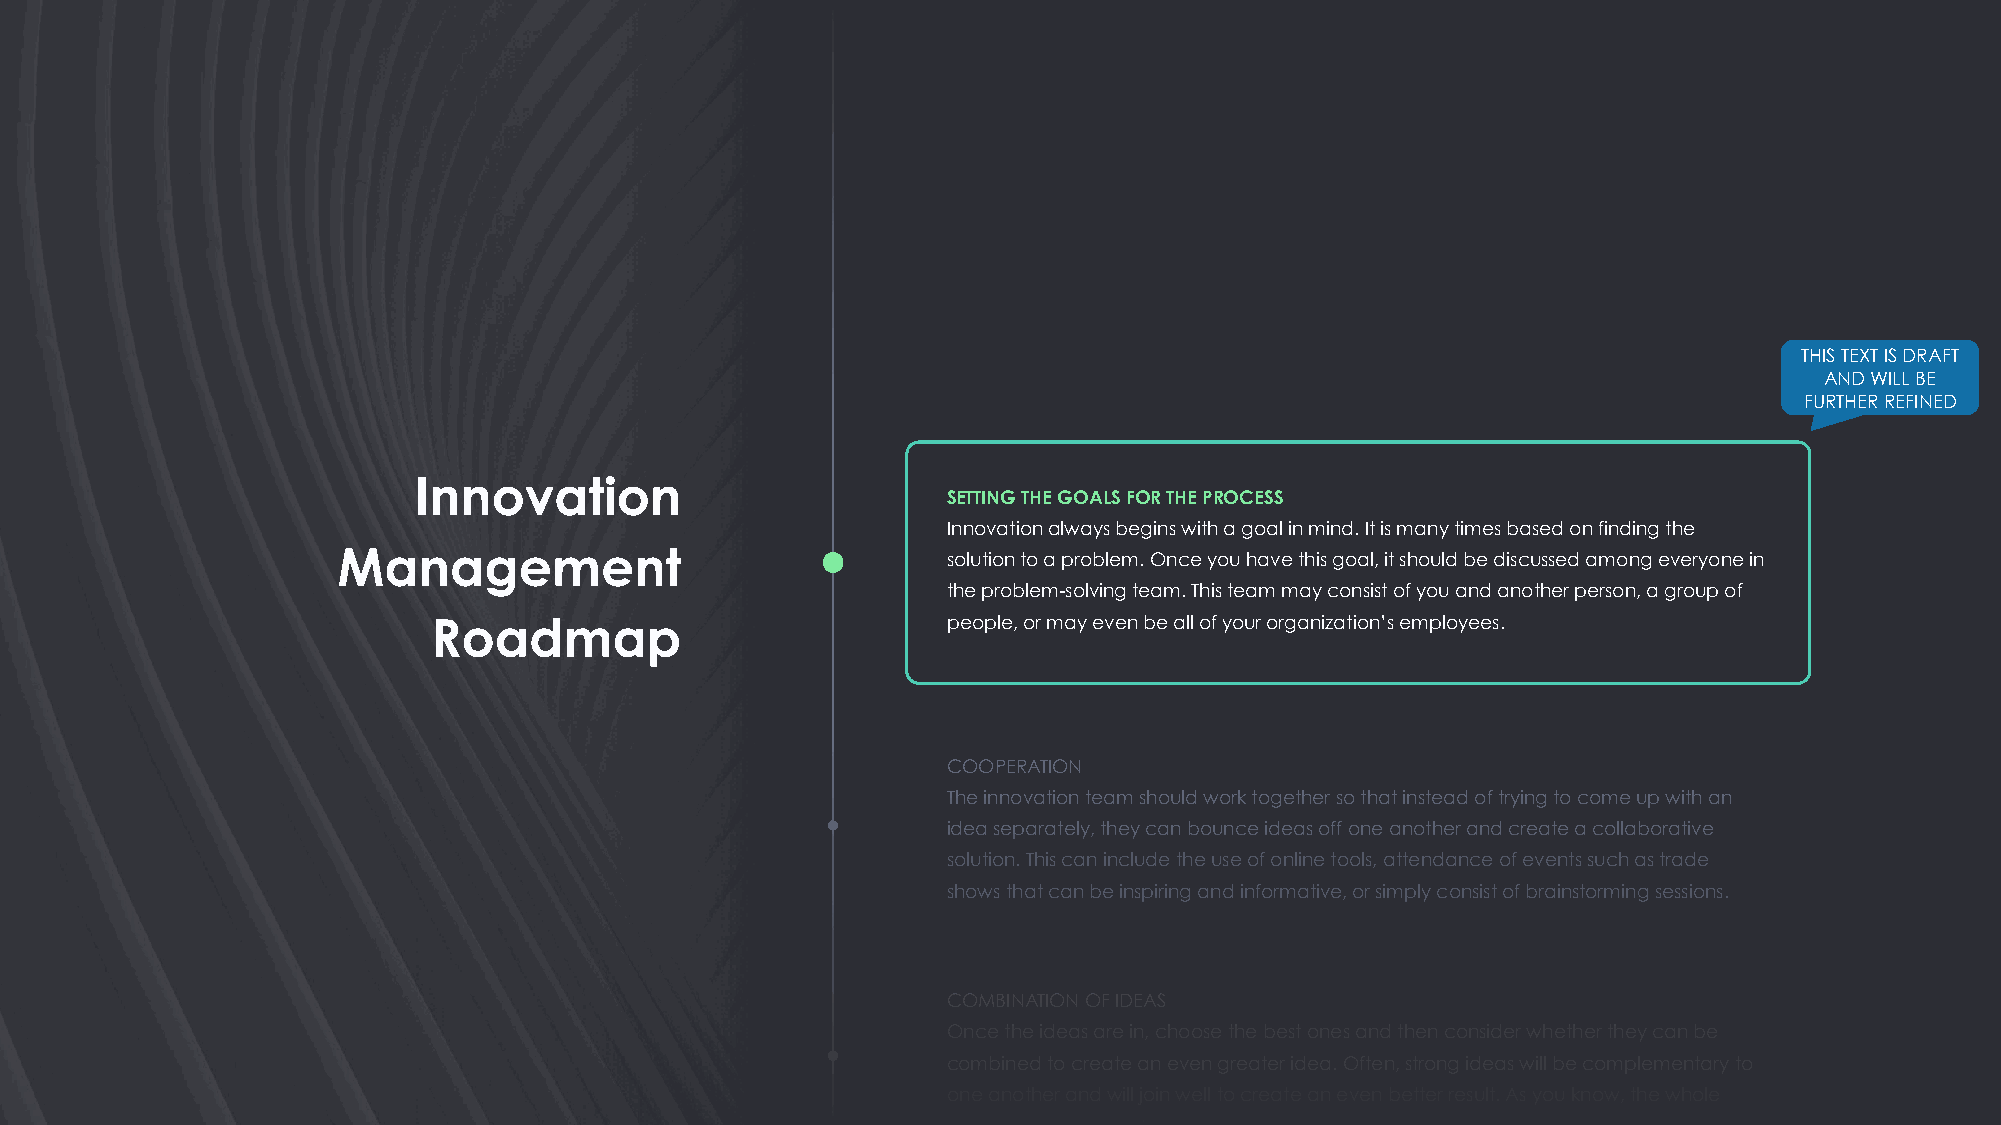
THIS TEXT IS DRAFT
 AND WILL BE
 FURTHER REFINED
 Innovation
 SETTING THE GOALS FOR THE PROCESS
 Innovation always begins with a goal in mind. It is many times based on finding the
 Management
 solution to a problem. Once you have this goal, it should be discussed among everyone in
 the problem-solving team. This team may consist of you and another person, a group of
 Roadmap                           people, or may even be all of your organization’s employees.
 COOPERATION
 The innovation team should work together so that instead of trying to come up with an
 idea separately, they can bounce ideas off one another and create a collaborative
 solution. This can include the use of online tools, attendance of events such as trade
 shows that can be inspiring and informative, or simply consist of brainstorming sessions.
 COMBINATION OF IDEAS
 Once the ideas are in, choose the best ones and then consider whether they can be
 combined to create an even greater idea. Often, strong ideas will be complementary to
 one another and will join well to create an even better result. As you know, the whole
 result can be bigger than its individual parts.